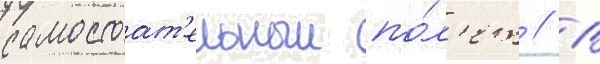
самостоат'ельныи по́л'ет // В